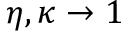
\eta , \kappa \to 1